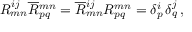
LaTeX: R _ { m n } ^ { i j } \overline { { { R } } } { } _ { p q } ^ { m n } = \overline { { { R } } } { } _ { m n } ^ { i j } R _ { p q } ^ { m n } = \delta _ { p } ^ { i } \, \delta _ { q } ^ { j } \, ,